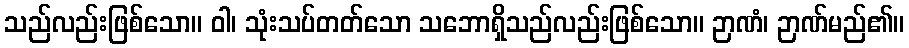
သည်လည်းဖြစ်သော။ ဝါ၊ သုံးသပ်တတ်သော သဘောရှိသည်လည်းဖြစ်သော။ ဉာဏံ၊ ဉာဏ်မည်၏။